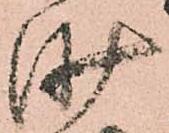
沙